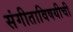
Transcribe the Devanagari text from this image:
संगीताविषयीची